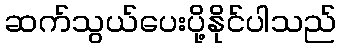
ဆက်သွယ်ပေးပို့နိုင်ပါသည်